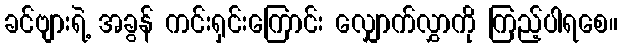
ခင်ဗျားရဲ့ အခွန် ကင်းရှင်းကြောင်း လျှောက်လွှာကို ကြည့်ပါရစေ။